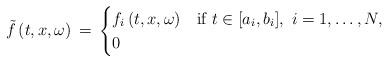
LaTeX: \begin{align*}\tilde f\left(t,x,\omega\right)\,=\,\begin{cases} f_{i}\left(t,x,\omega\right)&\hbox{if}~t\in[a_{i}, b_{i}],\ i=1,\ldots,N,\\ 0&\end{cases} \end{align*}